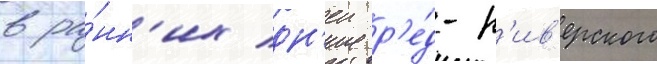
в ра́нн'их дн'еи р'е́д-р'ив'ерского